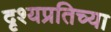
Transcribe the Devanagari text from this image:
दृश्यप्रतिच्या